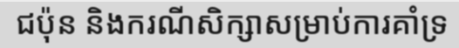
ជប៉ុន និងករណីសិក្សាសម្រាប់ការគាំទ្រ